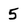
Character: 5